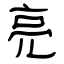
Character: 亮